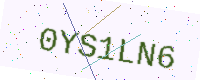
Text: 0YS1LN6